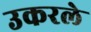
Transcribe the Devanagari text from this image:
उकरले